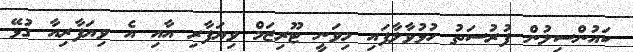
ކައުންސިލުން ފުރުސަތު ހުޅުވާލާފައި މިވަނީ ޓޫރިޒަމް ވިޔަފާރި އާއި އެ ވިޔަފާރިއާ ގުޅޭ